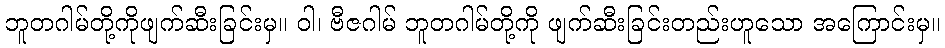
ဘူတဂါမ်တို့ကိုဖျက်ဆီးခြင်းမှ။ ဝါ၊ ဗီဇဂါမ် ဘူတဂါမ်တို့ကို ဖျက်ဆီးခြင်းတည်းဟူသော အကြောင်းမှ။